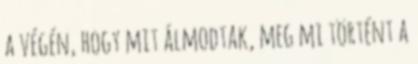
a végén, hogy mit álmodtak, meg mi történt a